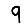
Digit: 9